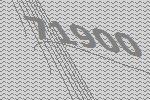
71900